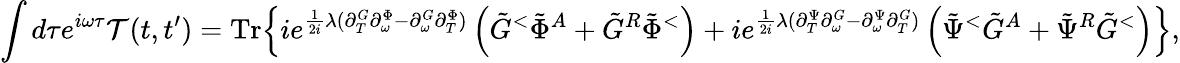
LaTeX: \int d\tau e^{i\omega\tau}\mathcal{T}(t,t^{\prime})=\mathrm{Tr}\Big\{ ie^{\frac{1}{2i}\lambda(\partial_{T}^{G}\partial_{\omega}^{\Phi}-\partial_{\omega}^{G}\partial_{T}^{\Phi})}\left(\tilde{G}^{<}\tilde{\Phi}^{A}+\tilde{G}^{R}\tilde{\Phi}^{<}\right)+ie^{\frac{1}{2i}\lambda(\partial_{T}^{\Psi}\partial_{\omega}^{G}-\partial_{\omega}^{\Psi}\partial_{T}^{G})}\left(\tilde{\Psi}^{<}\tilde{G}^{A}+\tilde{\Psi}^{R}\tilde{G}^{<}\right)\Big\} ,